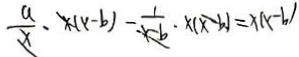
\frac { a } { x } \cdot x ( x - b ) - \frac { 1 } { x - b } \cdot x ( x - b ) = x ( x - b )